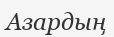
Азардың